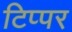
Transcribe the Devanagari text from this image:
टिप्पर